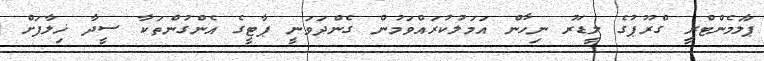
ޕާލަމެންޓްރީ ގްރޫޕުގެ ލީޑަރު ނިހާން އަމަލުކުރައްވަމުން ގެންދަވަނީ ޕާޓީގެ އެންގުންތަކާ ސީދާ ޚިލާފަށް